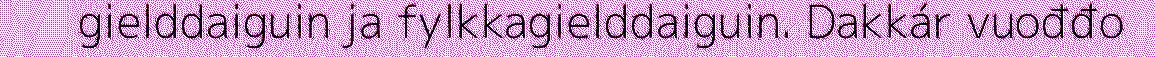
gielddaiguin ja fylkkagielddaiguin. Dakkár vuođđo